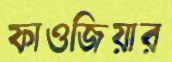
ফাওজিয়ার